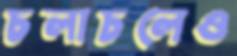
চলাচলেও